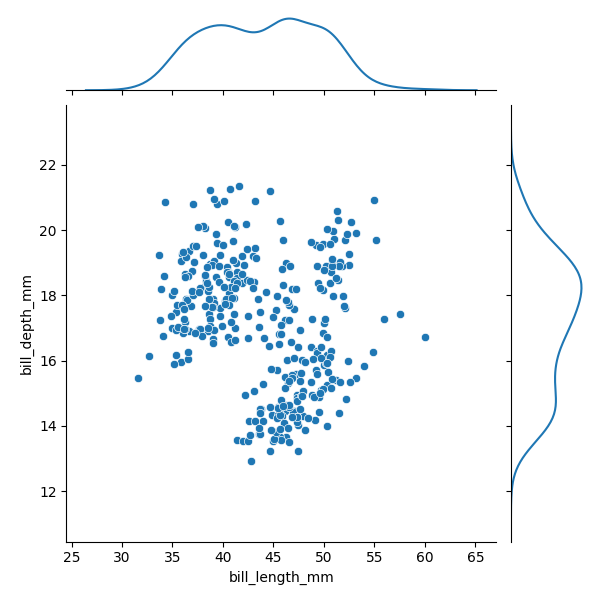
python, seaborn, JointGrid, scatterplot, kdeplot